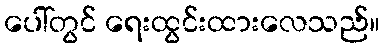
ပေါ်တွင် ရေးထွင်းထားလေသည်။